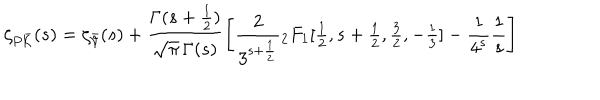
LaTeX: { \zeta _ { P \bar { \cal K } } } ( s ) = \zeta _ { \bar { \cal V } } ( s ) + \frac { \Gamma ( s + \frac { 1 } { 2 } ) } { \sqrt { \pi } \, \Gamma ( s ) } \left[ \frac { 2 } { 3 ^ { s + \frac { 1 } { 2 } } } { } _ { 2 } F _ { 1 } [ { \textstyle \frac { 1 } { 2 } } , { s + \textstyle \frac { 1 } { 2 } } , { \textstyle \frac { 3 } { 2 } } , - { \textstyle \frac { 1 } { 3 } } ] - \frac { 1 } { 4 ^ { s } } \frac { 1 } { s } \right]